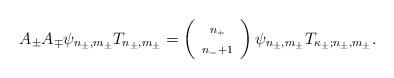
LaTeX: \begin{align*}A_\pm A_\mp \psi_{n_\pm,m_\pm}T_{n_\pm,m_\pm} =\left( \begin{array}{c} \scriptstyle n_+ \\ \scriptstyle{n_-+1} \end{array}\right)\psi_{n_\pm,m_\pm}T_{\kappa_\pm;n_\pm,m_\pm}.\end{align*}